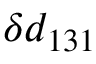
\delta d _ { 1 3 1 }